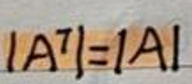
\[
\left| A^{T} \right| = \left| A \right|
\]